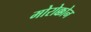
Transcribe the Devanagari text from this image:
मोरोक्कोन